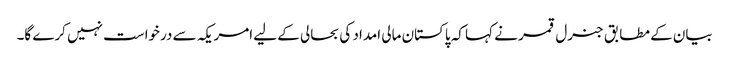
بیان کے مطابق جنرل قمر نے کہا کہ پاکستان مالی امداد کی بحالی کے لیے امریکہ سے درخواست نہیں کرے گا۔